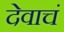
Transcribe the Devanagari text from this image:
देवाचं